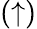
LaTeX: (\uparrow)